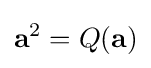
\mathbf {a} ^{2}=Q(\mathbf {a} )